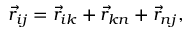
\vec { r } _ { i j } = \vec { r } _ { i k } + \vec { r } _ { k n } + \vec { r } _ { n j } ,